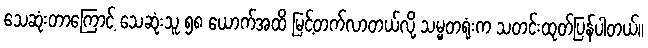
သေဆုံးတာကြောင့် သေဆုံးသူ ၅၈ ယောက်အထိ မြင့်တက်လာတယ်လို့ သမ္မတရုံးက သတင်းထုတ်ပြန်ပါတယ်။